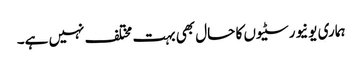
ہماری یونیورسٹیوں کا حال بھی بہت مختلف نہیں ہے۔